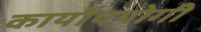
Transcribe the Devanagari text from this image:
कार्योपयोगी